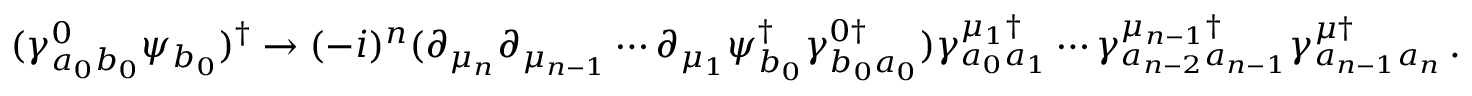
( \gamma _ { a _ { 0 } b _ { 0 } } ^ { 0 } \psi _ { b _ { 0 } } ) ^ { \dagger } \rightarrow ( - i ) ^ { n } ( \partial _ { \mu _ { n } } \partial _ { \mu _ { n - 1 } } \cdots \partial _ { \mu _ { 1 } } \psi _ { b _ { 0 } } ^ { \dagger } \gamma _ { b _ { 0 } a _ { 0 } } ^ { 0 \dagger } ) \gamma _ { a _ { 0 } a _ { 1 } } ^ { \mu _ { 1 } \dagger } \cdots \gamma _ { a _ { n - 2 } a _ { n - 1 } } ^ { \mu _ { n - 1 } \dagger } \gamma _ { a _ { n - 1 } a _ { n } } ^ { \mu \dagger } \, .